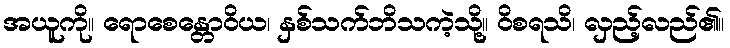
အယူကို။ ရောစေန္တောဝိယ၊ နှစ်သက်ဘိသကဲ့သို့။ ဝိစရသိ၊ လှည့်လည်၏။